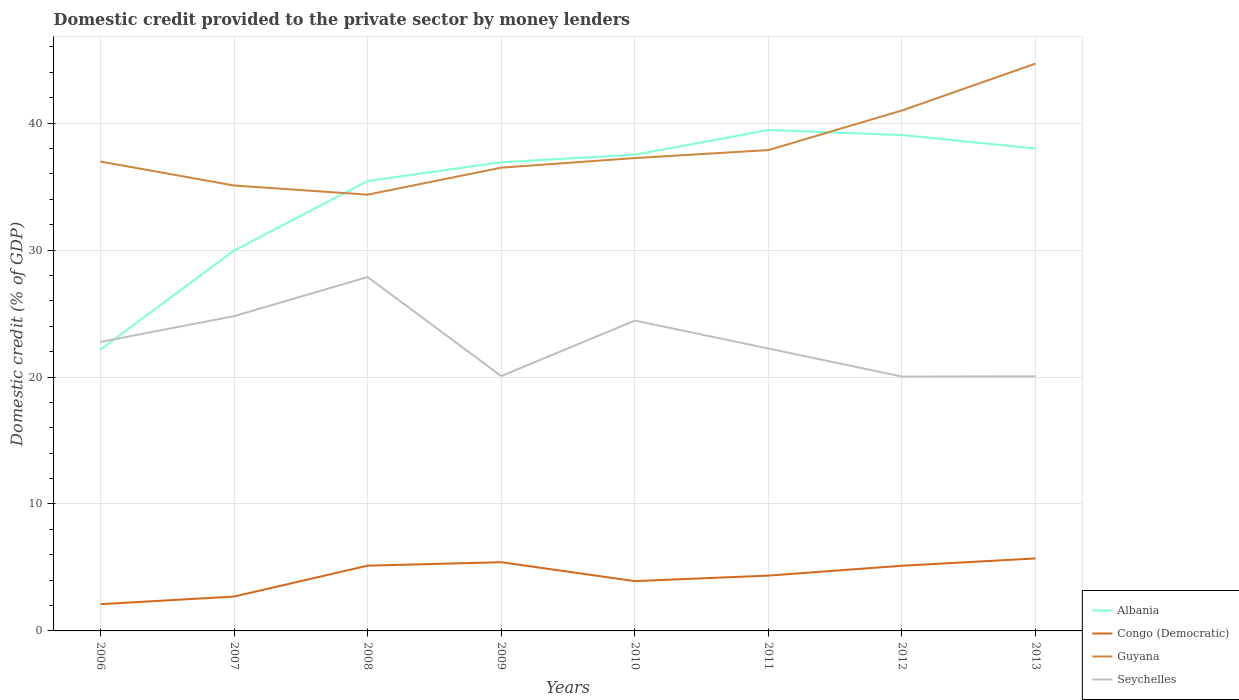
| Years | Albania | Congo (Democratic) | Guyana | Seychelles |
 | --- | --- | --- | --- | --- |
 | 2006 | 22.2 | 2.11 | 37 | 22.8 |
 | 2007 | 30 | 2.71 | 35.1 | 24.8 |
 | 2008 | 35.4 | 5.14 | 34.4 | 27.9 |
 | 2009 | 36.9 | 5.41 | 36.5 | 20.1 |
 | 2010 | 37.5 | 3.92 | 37.2 | 24.4 |
 | 2011 | 39.5 | 4.36 | 37.9 | 22.2 |
 | 2012 | 39.1 | 5.13 | 41 | 20 |
 | 2013 | 38 | 5.71 | 44.7 | 20.1 |